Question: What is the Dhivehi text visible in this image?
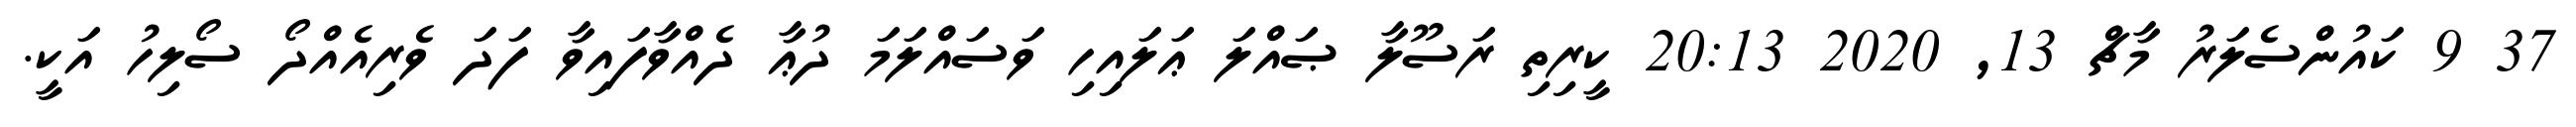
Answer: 37 9 ކައުންސެލަރު މާޗް 13, 2020 20:13 ކީރިތި ރަސޫލާ ޞައްލަ ޢަލައިހި ވަސައްލަމަ ދުޢާ ދެއްވާފައިވާ ފަދަ ވެރިއެއްދޯ ސޯލިހު އަކީ.